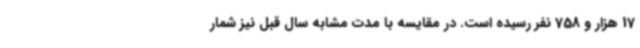
17 هزار و 758 نفر رسیده است. در مقایسه با مدت مشابه سال قبل نیز شمار